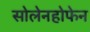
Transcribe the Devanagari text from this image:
सोलेनहोफेन